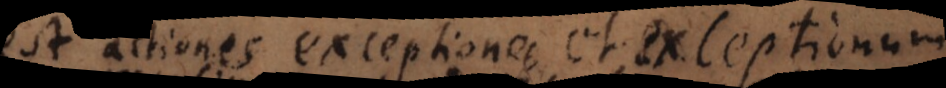
est actiones exceptiones, et exceptionum